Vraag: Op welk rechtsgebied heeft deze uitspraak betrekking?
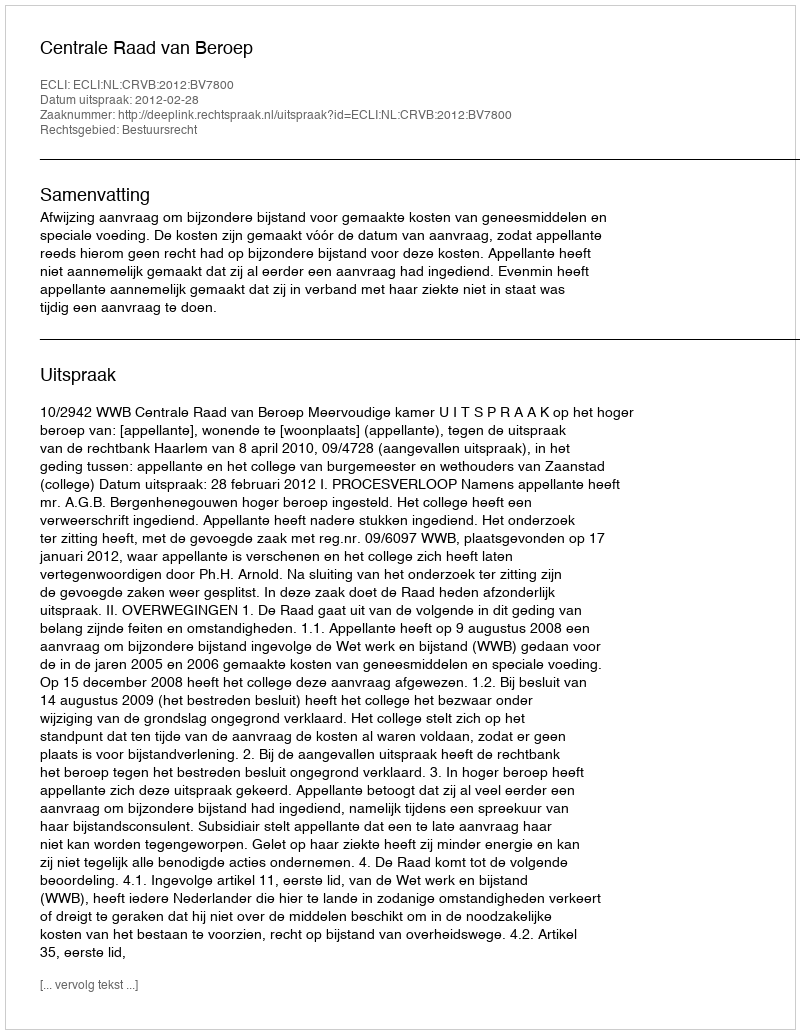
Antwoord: Bestuursrecht